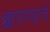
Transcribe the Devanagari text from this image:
छापण्याचे